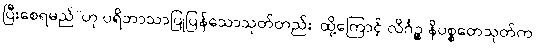
ပြီးစေရမည်”ဟု ပရိဘာသာပြုပြန်သောသုတ်တည်း၊ ထို့ကြောင့် လိင်္ဂဉ္စ နိပစ္စတေသုတ်က